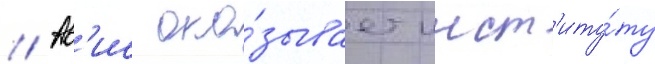
// Ав'ис ока́зывает инст'иту́ту